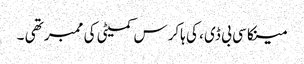
مینکا سی بی ڈی ، کی ہاکرس کمیٹی کی ممبر تھی ۔